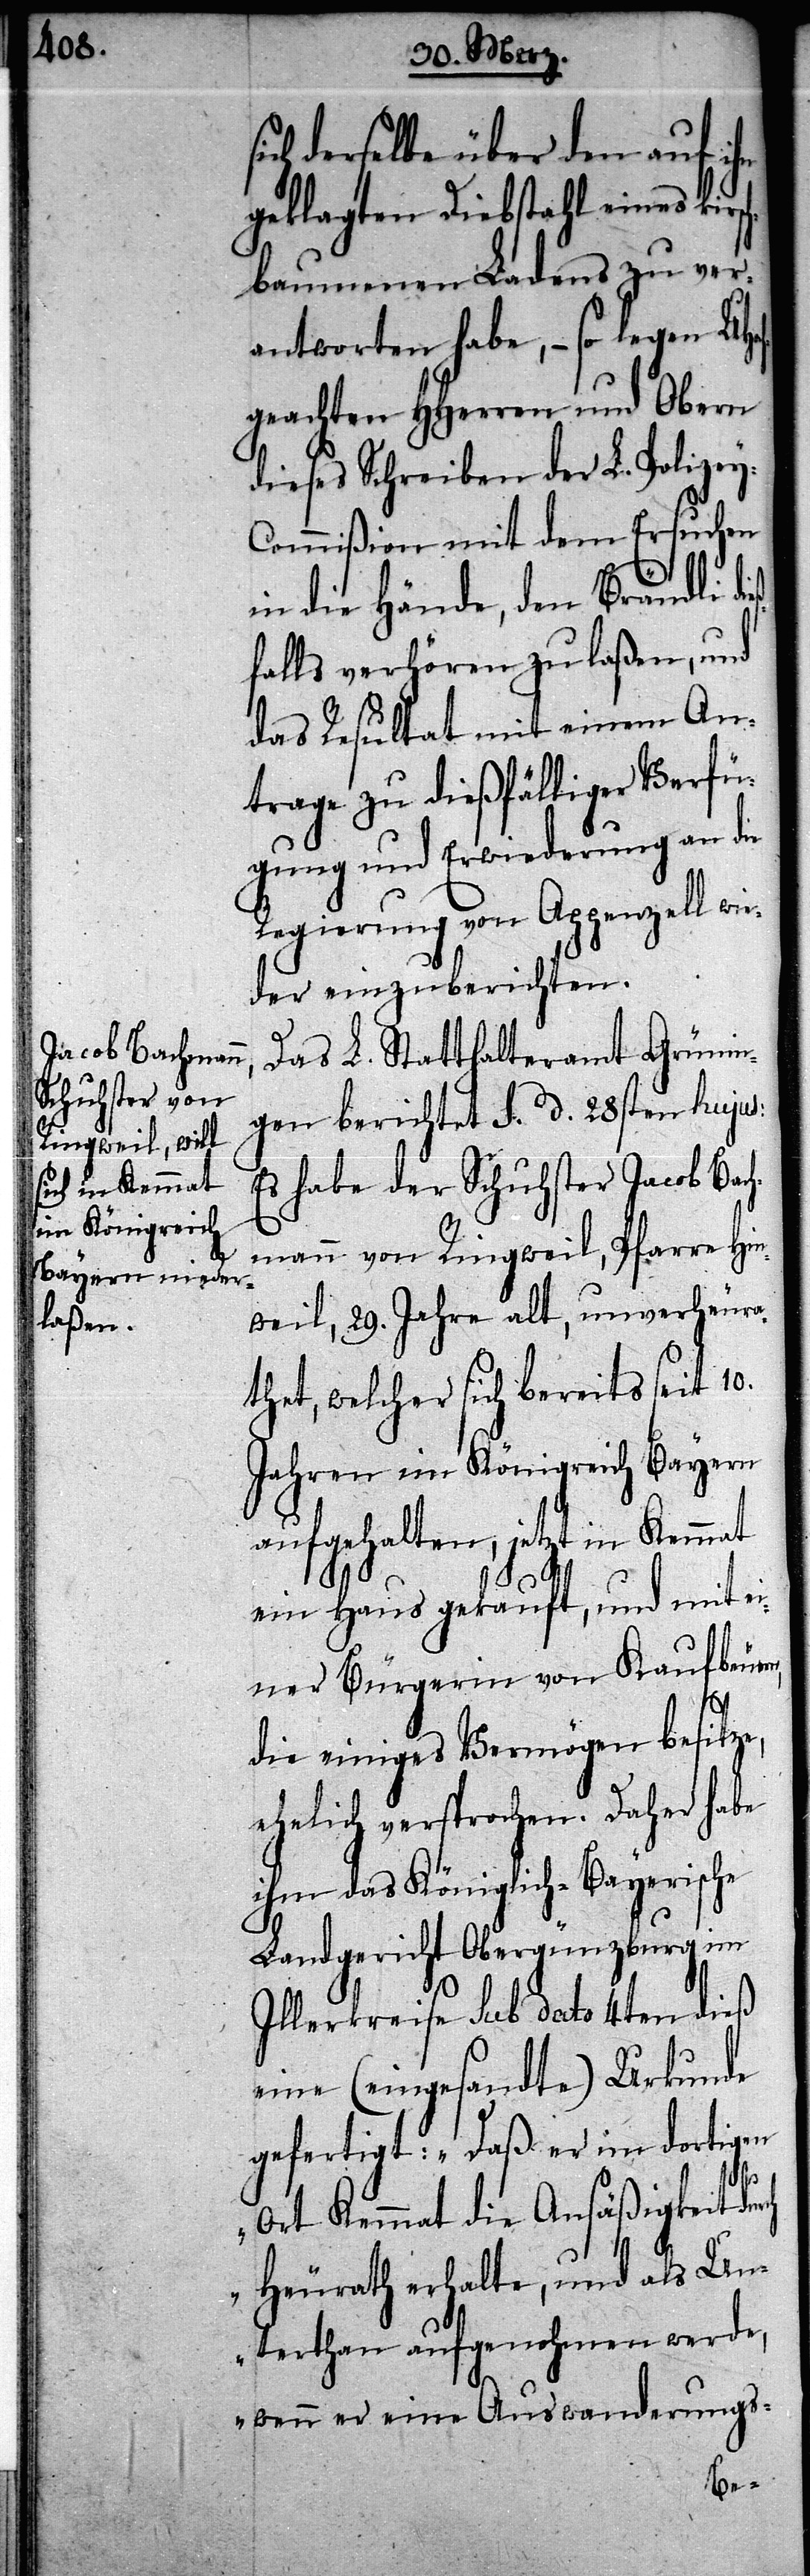
ich derselbe über den auf ihn
geklagten Diebstahl eines kirs¬
chbaumenen Ladens zu ver¬
antworten habe, – so legen UH¬
geachten HHerren und Obern
dieses Schreiben der L. Polize¬
y-Commißion mit dem Ersuchen
in die Hände, den Brändli dieß¬
falls verhören zu laßen, und
das Resultat mit einem An¬
trage zu dießfälliger Verfü¬
gung und Erwiederung an die
Regierung von Appenzell wie¬
der einzuberichten.
Das L. Statthalteramt Grünin¬
gen berichtet s. d. 28sten hujus:
Es habe der Schuhster Jacob Bach¬
mann von Ringweil, Pfarre Hin¬
rch
weil, 29. Jahre alt, unverheura¬
thet, welcher sich bereits seit 10.
Jahren im Königreich Bayern
aufgehalten, jetzt in Kemmat
ein Haus gekauft, und mit ei¬
ner Bürgerin von Kaufbeuren,
die einiges Vermögen besitze,
ehelich versprochen. Daher habe
ihm das Königlich-Bayerische
Landgericht Obergünzburg im
Illerkreise sub dato 4ten dieß
eine (eingesandte) Urkunde
och¬
Ort Kemmat die Ansäßigkeit du¬
Heurath erhalte, und als Un¬
terthan aufgenohmen werde,
wenn er eine Auswanderungs-